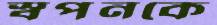
স্বপনকে